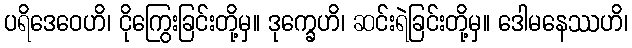
ပရိဒေဝေဟိ၊ ငိုကြွေးခြင်းတို့မှ။ ဒုက္ခေဟိ၊ ဆင်းရဲခြင်းတို့မှ။ ဒေါမနေဿဟိ၊